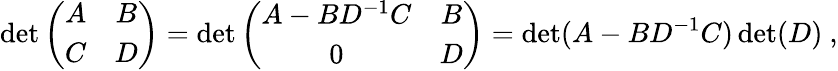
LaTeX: \operatorname*{det}\left(\begin{array}{cc}{{A}}&{{B}}\\ {{C}}&{{D}}\end{array}\right)=\operatorname*{det}\left(\begin{array}{cc}{{A-BD^{-1}C}}&{{B}}\\ {{0}}&{{D}}\end{array}\right)=\operatorname*{det}(A-BD^{-1}C)\operatorname*{det}(D)\ ,